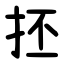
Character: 抷